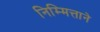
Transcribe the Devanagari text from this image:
निम्मित्ताने